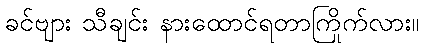
ခင်ဗျား သီချင်း နားထောင်ရတာကြိုက်လား။